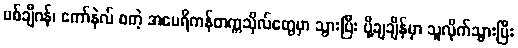
မစ်ချီဂန်၊ ကော်နဲလ် စတဲ့ အမေရိကန်တက္ကသိုလ်တွေမှာ သွားပြီး ပို့ချချိန်မှာ သူလိုက်သွားပြီး